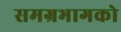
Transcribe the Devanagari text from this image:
समग्रभागको